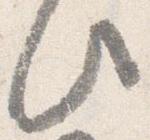
此